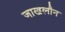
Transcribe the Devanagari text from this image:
जाखलौन